Annual administration report of the Civil Veterinary Department of India - 1897-1898
Year: 1897
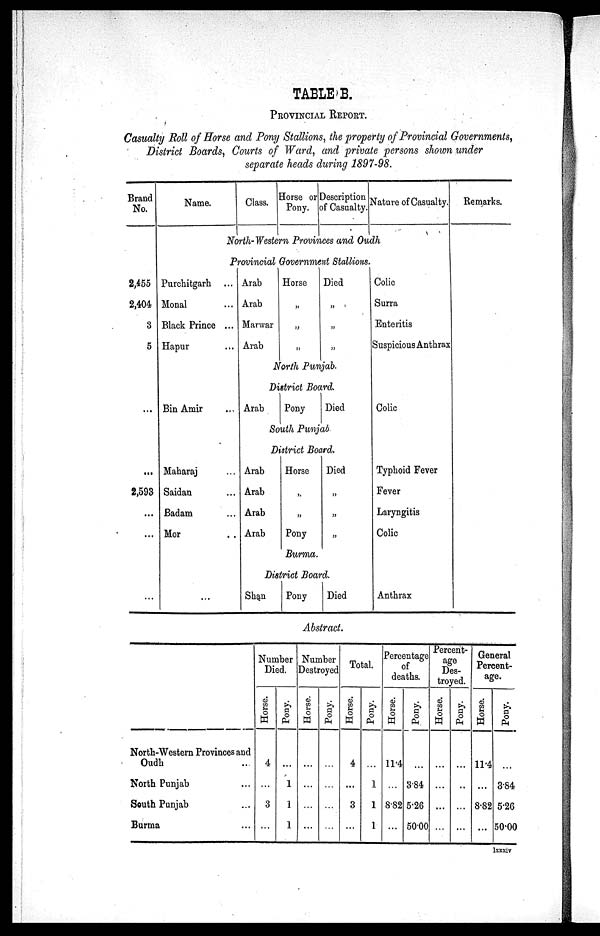
TABLE B.
PROVINCIAL REPORT.
Casualty Roll of Horse and Pony Stallions, the property of Provincial Governments,
District Boards, Courts of Ward, and private persons shown under
separate heads during 1897-98.
Brand
No.
2,455
2,404
3
5
...
...
2,593
...
...
...
Name.
Class. Horse or
Pony.
Description
of Casualty. Nature of Casualty.
North-Western Provinces and Oudh
Provincial Government Stallions.
Purchitgarh ...
Monal ...
Black Prince ...
Hapur ...
Bin Amir ...
Maharaj ...
Saidan ...
Badam ...
Mor ..
...
Arab
Arab
Marwar
Arab
Horse
„
„
„
Died
„
„
„
North Punjab.
District Board.
Arab
Pony
Died
South Punjab
District Board.
Arab
Arab
Arab
Arab
Horse
„
„
Pony
Died
„
„
„
Burma.
District Board.
Shan
Pony
Died
Colic
Surra
Enteritis
Suspicious Anthrax
Colic
Typhoid Fever
Fever
Laryngitis
Colic
Anthrax
Remarks.
Abstract.
North-Western Provinces and
Oudh ...
North Punjab ...
South Punjab ...
Burma ...
Number
Died.
Horse.
4
...
3
...
Pony.
...
1
1
1
Number
Destroyed
Horse.
...
...
...
...
Pony.
...
...
...
...
Total.
Horse.
4
...
3
...
Pony.
...
1
1
1
Percentage
of
deaths.
Horse.
11.4
...
8.82
...
Pony.
...
3.84
5.26
50.00
Percent-
age
Des-
troyed.
Horse.
...
...
...
...
Pony.
...
..
...
...
General
Percent-
age.
Horse.
11.4
...
8.82
...
Pony.
...
3.84
5.26
50.00
lxxxiv